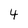
Character: 4